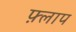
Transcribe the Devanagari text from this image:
फ़्लाप